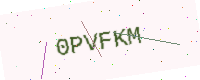
Text: 0PVFKM